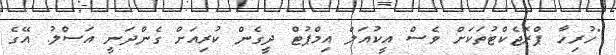
"ހުރިހާ ޕްރޮޖެކްޓުތަކަށް ވެސް އީކުއަލް އިމްޕުޓް ދީގެން ކުރިއަށް ގެންދަނީ އަސްލު. އޭގެ